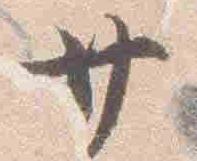
廿